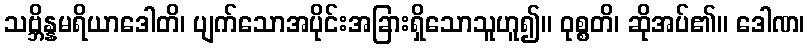
သဗ္ဘိန္နမရိယာဒေါတိ၊ ပျက်သောအပိုင်းအခြားရှိသောသူဟူ၍။ ဝုစ္စတိ၊ ဆိုအပ်၏။ ဒေါဏ၊